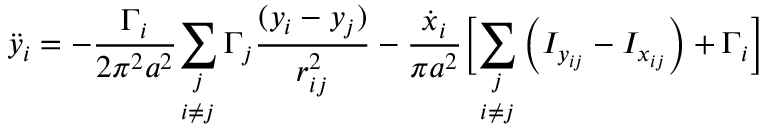
\ddot { y } _ { i } = - \frac { \Gamma _ { i } } { 2 \pi ^ { 2 } a ^ { 2 } } \underset { i \neq j } { \sum _ { j } } \, \Gamma _ { j } \frac { ( y _ { i } - y _ { j } ) } { r _ { i j } ^ { 2 } } - \frac { \dot { x } _ { i } } { \pi a ^ { 2 } } \biggr [ \underset { i \neq j } { \sum _ { j } } \left( I _ { y _ { i j } } - I _ { x _ { i j } } \right) + \Gamma _ { i } \biggr ]